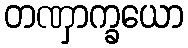
တဏှာက္ခယော